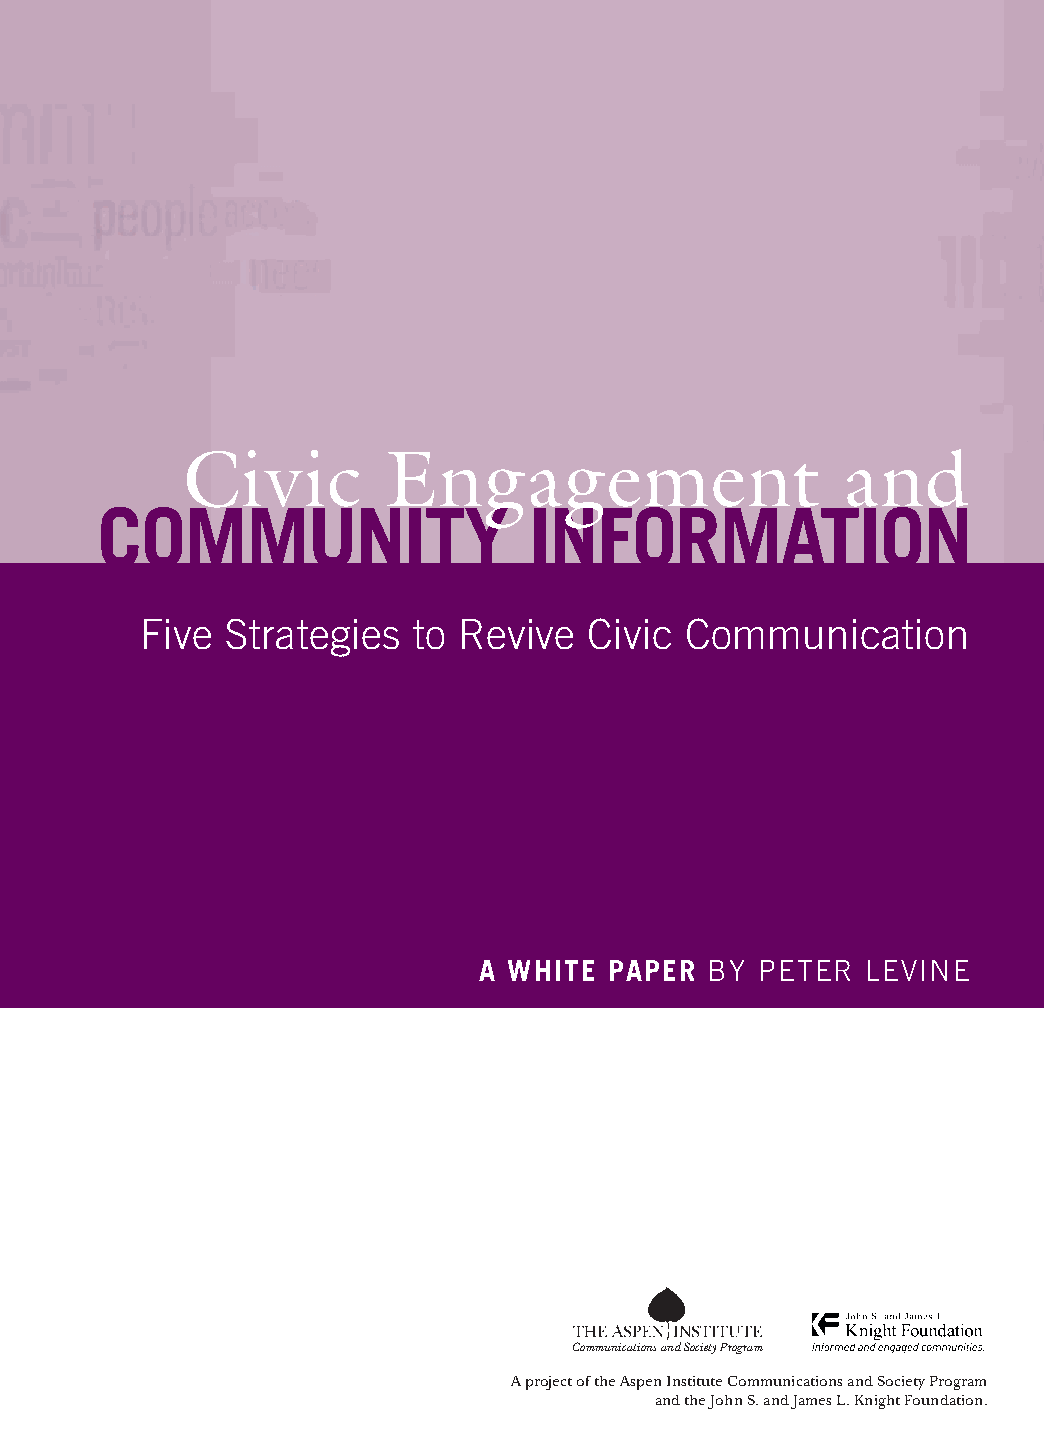
Civic         Engagement                    and
 Community                   information
 Five  Strategies  to revive   Civic Communication
 a white paper  BY Peter  Levine
 Communications and Society Program
 11-010
 Communications and Society Program
 A project of the Aspen Institute Communications and Society Program
 A project of the Aspen Institute Communications and Society Program and the John S. and James L. Knight Foundation. and the John S. and James L. Knight Foundation.
 Peter
 Levine
 Civic
 Engagement
 and
 Community
 Information